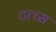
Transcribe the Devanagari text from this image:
टत्च्स